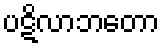
ပဋိလာဘတော